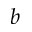
b